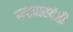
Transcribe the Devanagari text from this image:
कट्यारदंती